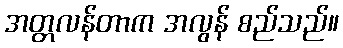
အတ္တလန်တာက အလွန် စည်သည်။